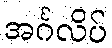
အင်္ဂလိပ်